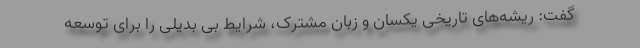
گفت: ریشه‌های تاریخی یکسان و زبان مشترک، شرایط بی بدیلی را برای توسعه